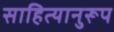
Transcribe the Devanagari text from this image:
साहित्यानुरूप